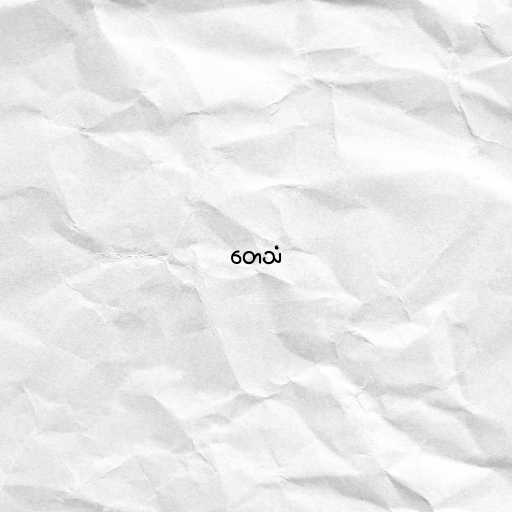
တေသံ